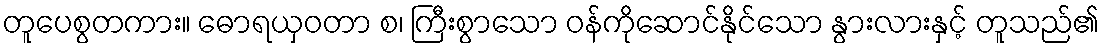
တူပေစွတကား။ ဓောရယှဝတာ စ၊ ကြီးစွာသော ဝန်ကိုဆောင်နိုင်သော နွားလားနှင့် တူသည်၏